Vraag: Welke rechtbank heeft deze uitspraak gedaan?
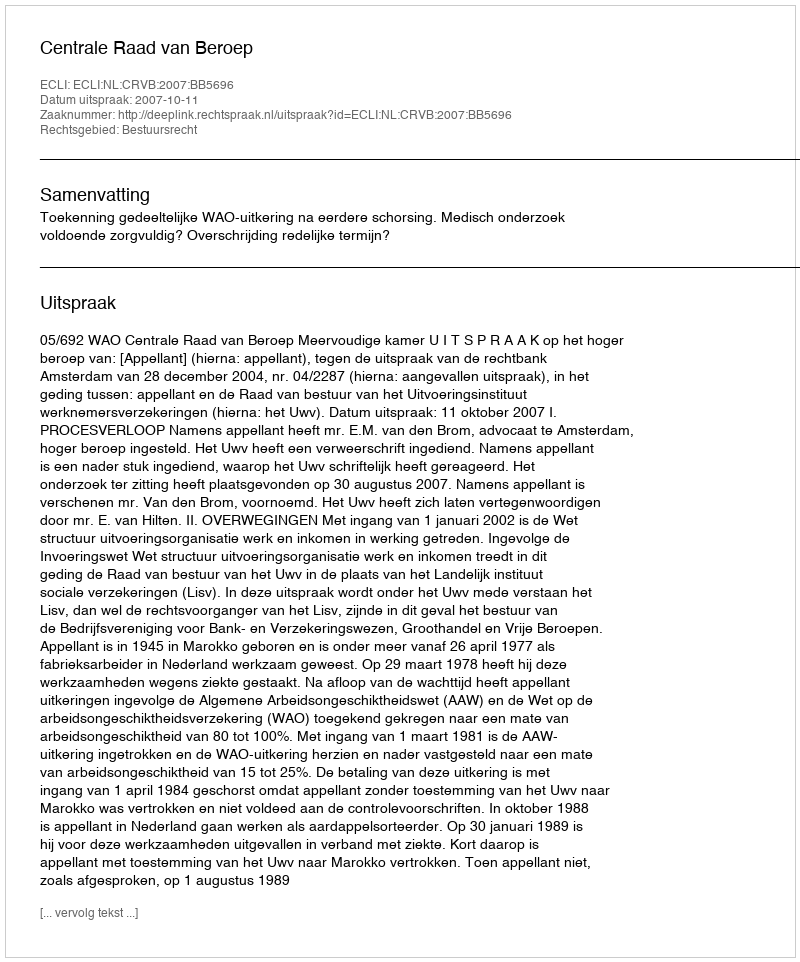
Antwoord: Centrale Raad van Beroep